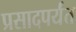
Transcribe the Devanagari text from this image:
प्रसादपर्यंत